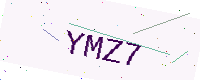
Text: YMZ7